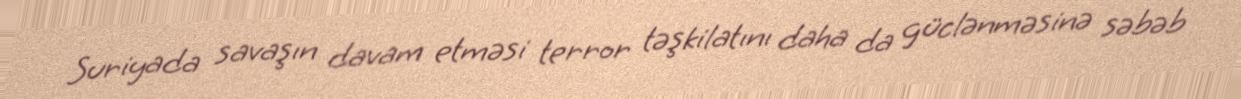
Suriyada savaşın davam etməsi terror təşkilatını daha da güclənməsinə səbəb